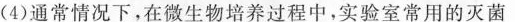
(4)通常情况下，在微生物培养过程中，实验室常用的灭菌